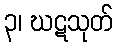
၃၊ ဃဋသုတ်